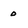
Character: 0